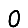
Digit: 0